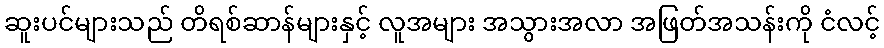
ဆူးပင်များသည် တိရစ်ဆာန်များနှင့် လူအများ အသွားအလာ အဖြတ်အသန်းကို ငံလင့်